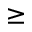
\geq